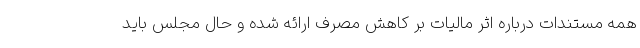
همه مستندات درباره اثر مالیات بر کاهش مصرف ارائه شده و حال مجلس باید